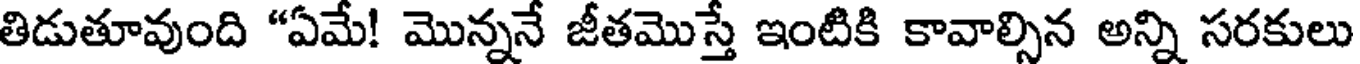
తిడుతూవుంది "ఏమే! మొన్ననే జీతమొస్తే ఇంటికి కావాల్సిన అన్ని సరకులు